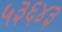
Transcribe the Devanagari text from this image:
५३६४३